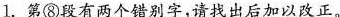
1.第⑧段有两个错别字，请找出后加以改正。